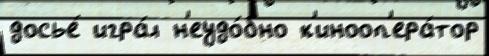
досье́ игра́л н'еудо́бно к'инооп'ера́тор